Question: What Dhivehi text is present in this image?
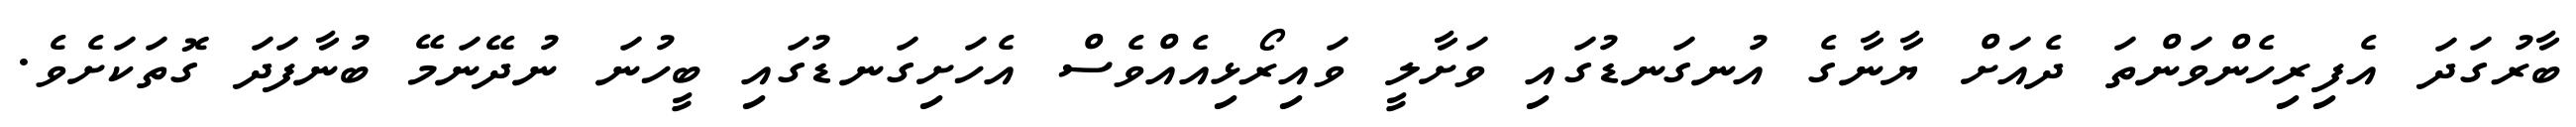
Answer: ބާރުގަދަ އެފިރިހެންވަންތަ ދެއަށް ޔާނާގެ އުނގަނޑުގައި ވަށާލީ ވައިރޯޅިއެއްވެސް އެހަށިގަނޑުގައި ބީހުނަ ނުދޭނަމޭ ބުނާފަދަ ގޮތަކަށެވެ.